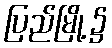
ပြည်မြို့၌